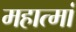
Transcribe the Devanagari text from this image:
महात्मां